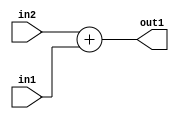
`timescale 1ps / 1ps
/*****************************************************************************
    Verilog RTL Description
    
    
    Created by: Stratus DpOpt 21.05.01 
*******************************************************************************/

module SobelFilter_Add_4Ux4U_5U_1 (
	in2,
	in1,
	out1
	); /* architecture "behavioural" */ 
input [3:0] in2,
	in1;
output [4:0] out1;
wire [4:0] asc001;

assign asc001 = 
	+(in2)
	+(in1);

assign out1 = asc001;
endmodule

/* CADENCE  urn4SAA= : u9/ySxbfrwZIxEzHVQQV8Q== ** DO NOT EDIT THIS LINE ******/